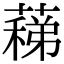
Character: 蕛